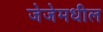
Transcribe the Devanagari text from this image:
जेजेमधील